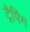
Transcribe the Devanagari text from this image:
ट्रैपिंग